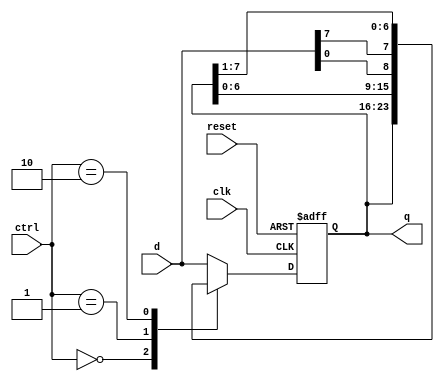
`timescale 1ns / 1ps
// Universal Shitf Register

module universal_shifter (
    input wire clk, reset,
    input wire [1:0] ctrl,
    input wire [7:0] d,
    output wire [7:0] q
);

    reg [7:0] r_reg, r_next;

    always @(posedge clk or posedge reset)
    begin
        if (reset)
        begin
            r_reg <= 8'b0;
        end
        else
        begin
            r_reg <= r_next;
        end
    end

    always @(*)
    begin
        case(ctrl)
            2'b00 : r_next = r_reg; // no operation
            2'b01 : r_next = {r_reg[6:0], d[0]}; // Shift Left
            2'b10 : r_next = {d[7], r_reg[7:1]}; // Shift Right
            default : r_next = d; // Load
        endcase
    end

    assign q = r_reg;

endmodule